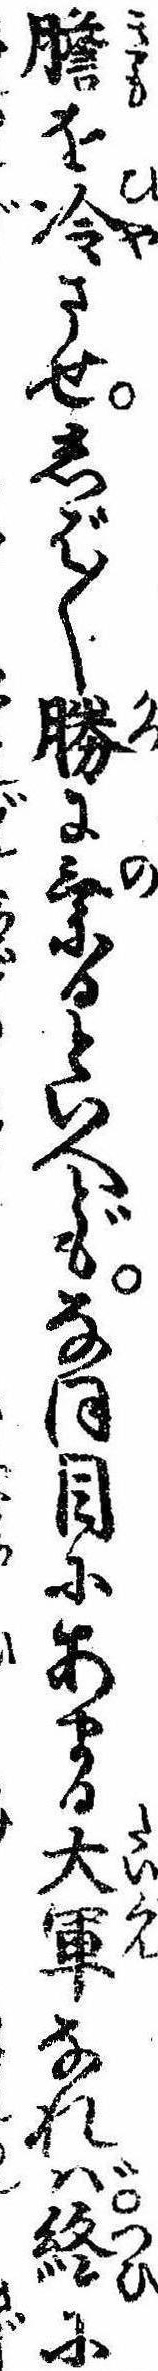
胆を冷させしば〱勝に乗るといへどもなほ目にあまる大軍なれば終に